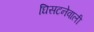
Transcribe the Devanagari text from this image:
घिसटनेवाली